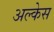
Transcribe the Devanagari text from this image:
अल्केस